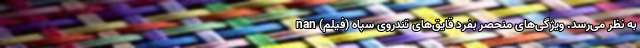
به نظر می‌رسد. ویژگی‌های منحصر بفرد قایق‌های تندروی سپاه (فیلم) nan